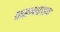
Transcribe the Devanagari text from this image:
वाइन्स्टाइन